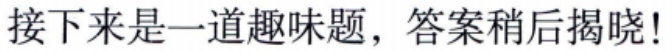
接下来是一道趣味题，答案稍后揭晓!